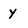
Character: y